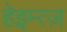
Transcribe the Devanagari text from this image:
हेइम्त्ज़